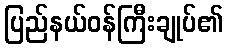
ပြည်နယ်ဝန်ကြီးချုပ်၏